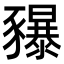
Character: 𧲐